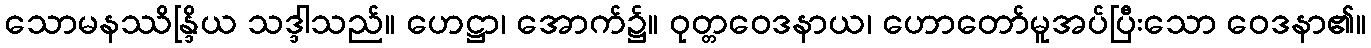
သောမနဿိန္ဒြိယ သဒ္ဒါသည်။ ဟေဋ္ဌာ၊ အောက်၌။ ဝုတ္တဝေဒနာယ၊ ဟောတော်မူအပ်ပြီးသော ဝေဒနာ၏။